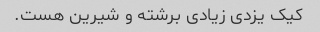
کیک یزدی زیادی برشته و شیرین هست.